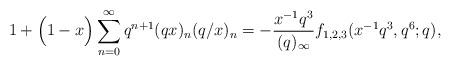
LaTeX: \begin{align*}1+\Big ( 1-x\Big )\sum_{n=0}^{\infty}q^{n+1}(qx)_n(q/x)_n=-\frac{x^{-1}q^3}{(q)_{\infty}}f_{1,2,3}(x^{-1}q^3,q^6;q),\end{align*}